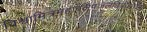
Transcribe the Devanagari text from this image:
विश्वामित्रमहावलेपजलधिप्रोद्यत्तपो